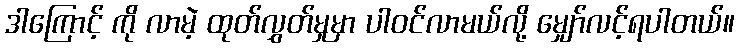
ဒါကြောင့် ကို လာမဲ့ ထုတ်လွှတ်မှုမှာ ပါဝင်လာမယ်လို့ မျှော်လင့်ရပါတယ်။